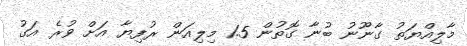
މާލިއްޔަތު ގާނޫނު ބުނާ ގޮތުން 1.5 މިލިއަން ރުފިޔާ އަށް ވުރެ އަގު